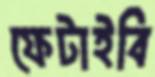
ফেটাইবি